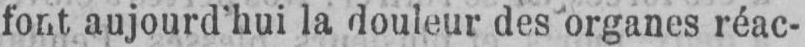
font aujourd’hui la douleur des organes réac-